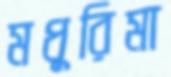
মধুরিমা